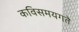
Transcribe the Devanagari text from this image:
कविसमयगते